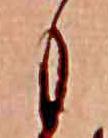
も